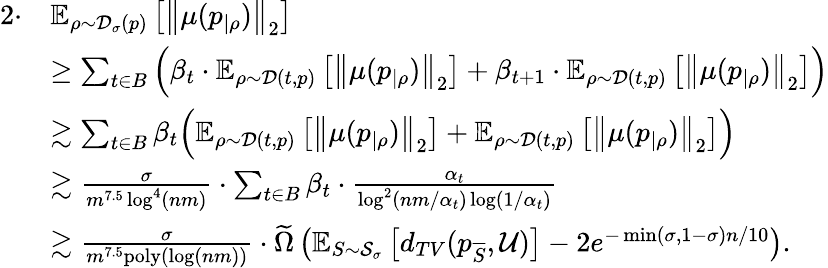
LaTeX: \begin{array}{rl}{2\cdot}&{\mathbb{E}_{\rho\sim\mathcal{D}_{\sigma}(p)}\left[\left\| \mu(p_{|\rho})\right\| _{2}\right]}\\ &{\geq\sum_{t\in B}\Big(\beta_{t}\cdot\mathbb{E}_{\rho\sim\mathcal{D}(t,p)}\left[\left\| \mu(p_{|\rho})\right\| _{2}\right]+\beta_{t+1}\cdot\mathbb{E}_{\rho\sim\mathcal{D}(t,p)}\left[\left\| \mu(p_{|\rho})\right\| _{2}\right]\Big)}\\ &{\gtrsim\sum_{t\in B}\beta_{t}\Big(\mathbb{E}_{\rho\sim\mathcal{D}(t,p)}\left[\left\| \mu(p_{|\rho})\right\| _{2}\right]+\mathbb{E}_{\rho\sim\mathcal{D}(t,p)}\left[\left\| \mu(p_{|\rho})\right\| _{2}\right]\Big)}\\ &{\gtrsim\frac{\sigma}{m^{7.5}\log^{4}(nm)}\cdot\sum_{t\in B}\beta_{t}\cdot\frac{\alpha_{t}}{\log^{2}(nm/\alpha_{t})\log(1/\alpha_{t})}}\\ &{\gtrsim\frac{\sigma}{m^{7.5}\mathrm{poly}(\log(nm))}\cdot\widetilde{\Omega}\left(\mathbb{E}_{S\sim\mathcal{S}_{\sigma}}\left[d_{TV}(p_{\overline{{S}}},\mathcal{U})\right]-2e^{-\operatorname*{min}(\sigma,1-\sigma)n/10}\right).}\end{array}